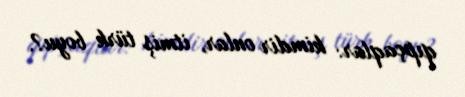
qıpçaqlar: kimdir onlar, itmiş türk boyu?.